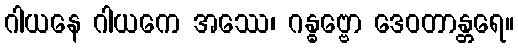
ဂါယနေ ဂါယကေ အဿေ၊ ဂန္ဓဗ္ဗော ဒေဝတာန္တရေ။